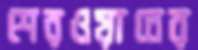
শেরওয়ানের